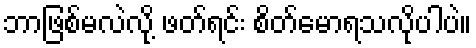
ဘာဖြစ်မလဲလို့ ဖတ်ရင်း စိတ်မောရသလိုပါပဲ။